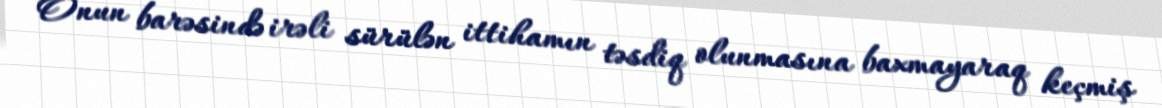
Onun barəsində irəli sürülən ittihamın təsdiq olunmasına baxmayaraq keçmiş